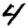
Digit: 4